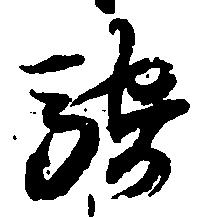
騎